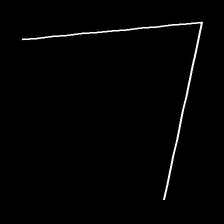
Glyph: region